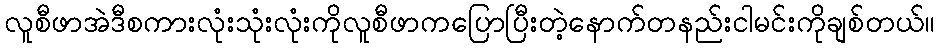
လူစီဖာအဲဒီစကားလုံးသုံးလုံးကိုလူစီဖာကပြောပြီးတဲ့နောက်တနည်းငါမင်းကိုချစ်တယ်။